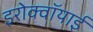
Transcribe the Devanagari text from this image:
इरोक्वॉयाई